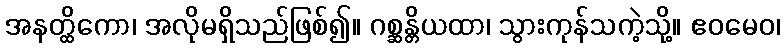
အနတ္ထိကော၊ အလိုမရှိသည်ဖြစ်၍။ ဂစ္ဆန္တိယထာ၊ သွားကုန်သကဲ့သို့။ ဧဝမေဝ၊